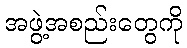
အဖွဲ့အစည်းတွေကို